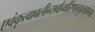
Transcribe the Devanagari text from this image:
एवंकृत्वाबलीन्सर्वान्क्षीरेणाभ्युक्ष्यवाग्यतः